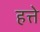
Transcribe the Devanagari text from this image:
हत्ते